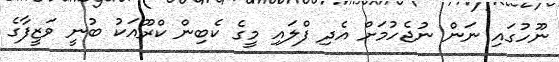
ނޫހުގައި ނަން ނުޖެހުމަށް އެދި ފްލައި މީގެ ކެބިން ކްރޫއަކު ބުނީ ވަޒީފާގެ